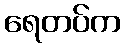
ရေတပ်က